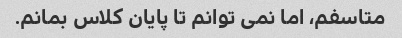
متاسفم، اما نمی توانم تا پایان کلاس بمانم.